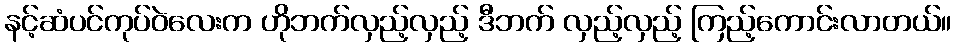
နင့်ဆံပင်ကုပ်ဝဲလေးက ဟိုဘက်လှည့်လှည့် ဒီဘက် လှည့်လှည့် ကြည့်ကောင်းလာတယ်။